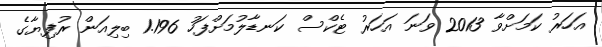
އަހަރު ކަމަށްވާ 2013 ވަނަ އަހަރު ޓެކްސް ކަނޑާލުމަށްފަހު 1.196 ބިލިއަން ރުފިޔާގެ